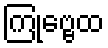
ကြုဗ္ဗေထ